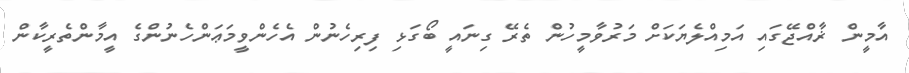
އާމީން ޜާއްޖޭގައި އަމިއްލެޔަކަށް މަރުވާމީހުން ތެރޭ ގިނައީ ބޯގަޅި ފިރިހެނުން އެހެންވީމަޢަންހެނުންގެ އީމާންތެރީކާން